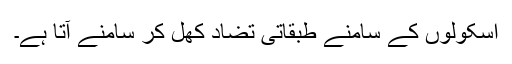
اسکولوں کے سامنے طبقاتی تضاد کھل کر سامنے آتا ہے۔